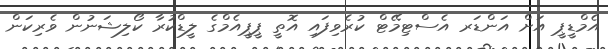
އެމްޑީޕީ އަށް އަންޑަރ އެސްޓިމޭޓް ކުރެވިފައި އޮތީ ޕީޕީއެމްގެ ލީޑްކުރާ ކޯލިޝަނުން ވެރިކަން